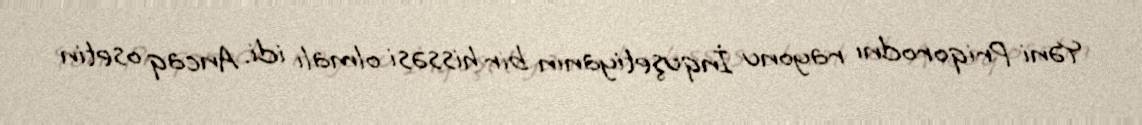
Yəni Priqorodnı rayonu İnquşetiyanın bir hissəsi olmalı idi. Ancaq osetin